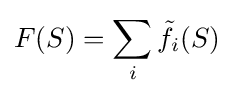
F(S)=\sum _{i}{\tilde {f}}_{i}(S)